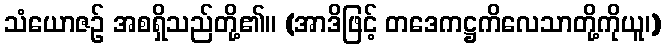
သံယောဇဉ် အစရှိသည်တို့၏။ (အာဒိဖြင့် တဒေကဋ္ဌကိလေသာတို့ကိုယူ၊)